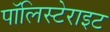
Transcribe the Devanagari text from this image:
पॉलिस्टेराइट